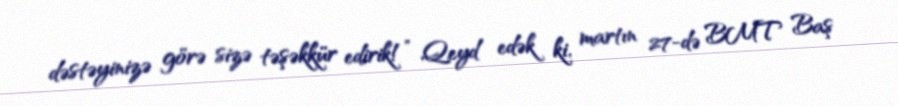
dəstəyinizə görə sizə təşəkkür edirik!” Qeyd edək ki, martın 27-də BMT Baş